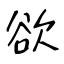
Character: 欲